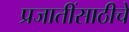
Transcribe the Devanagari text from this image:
प्रजातींसाठीचे